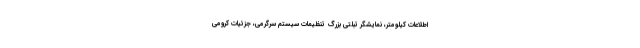
اطلاعات کیلومتر، نمایشگر تبلتی بزرگ تنظیمات سیستم سرگرمی، جزئیات کرومی